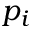
p _ { i }